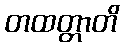
တထတ္တာတိ